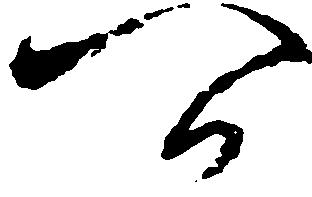
可